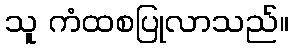
သူ ကံထစပြုလာသည်။